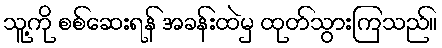
သူ့ကို စစ်ဆေးရန် အခန်းထဲမှ ထုတ်သွားကြသည်။